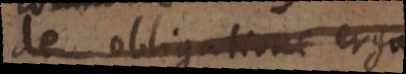
de obligatione erga